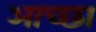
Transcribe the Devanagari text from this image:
आच्छा